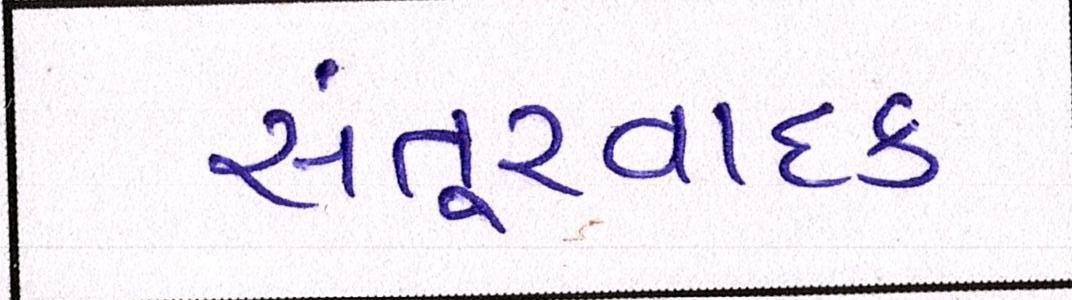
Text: સંતૂરવાદક